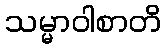
သမ္မာဝါစာတိ